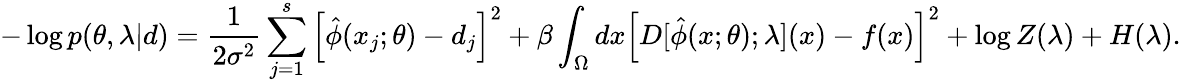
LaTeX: -\log p(\theta,\lambda|d)=\frac{1}{2\sigma^{2}}\sum_{j=1}^{s}\left[\hat{\phi}(x_{j};\theta)-d_{j}\right]^{2}+\beta\int_{\Omega}dx\left[D[\hat{\phi}(x;\theta);\lambda](x)-f(x)\right]^{2}+\log Z(\lambda)+H(\lambda).